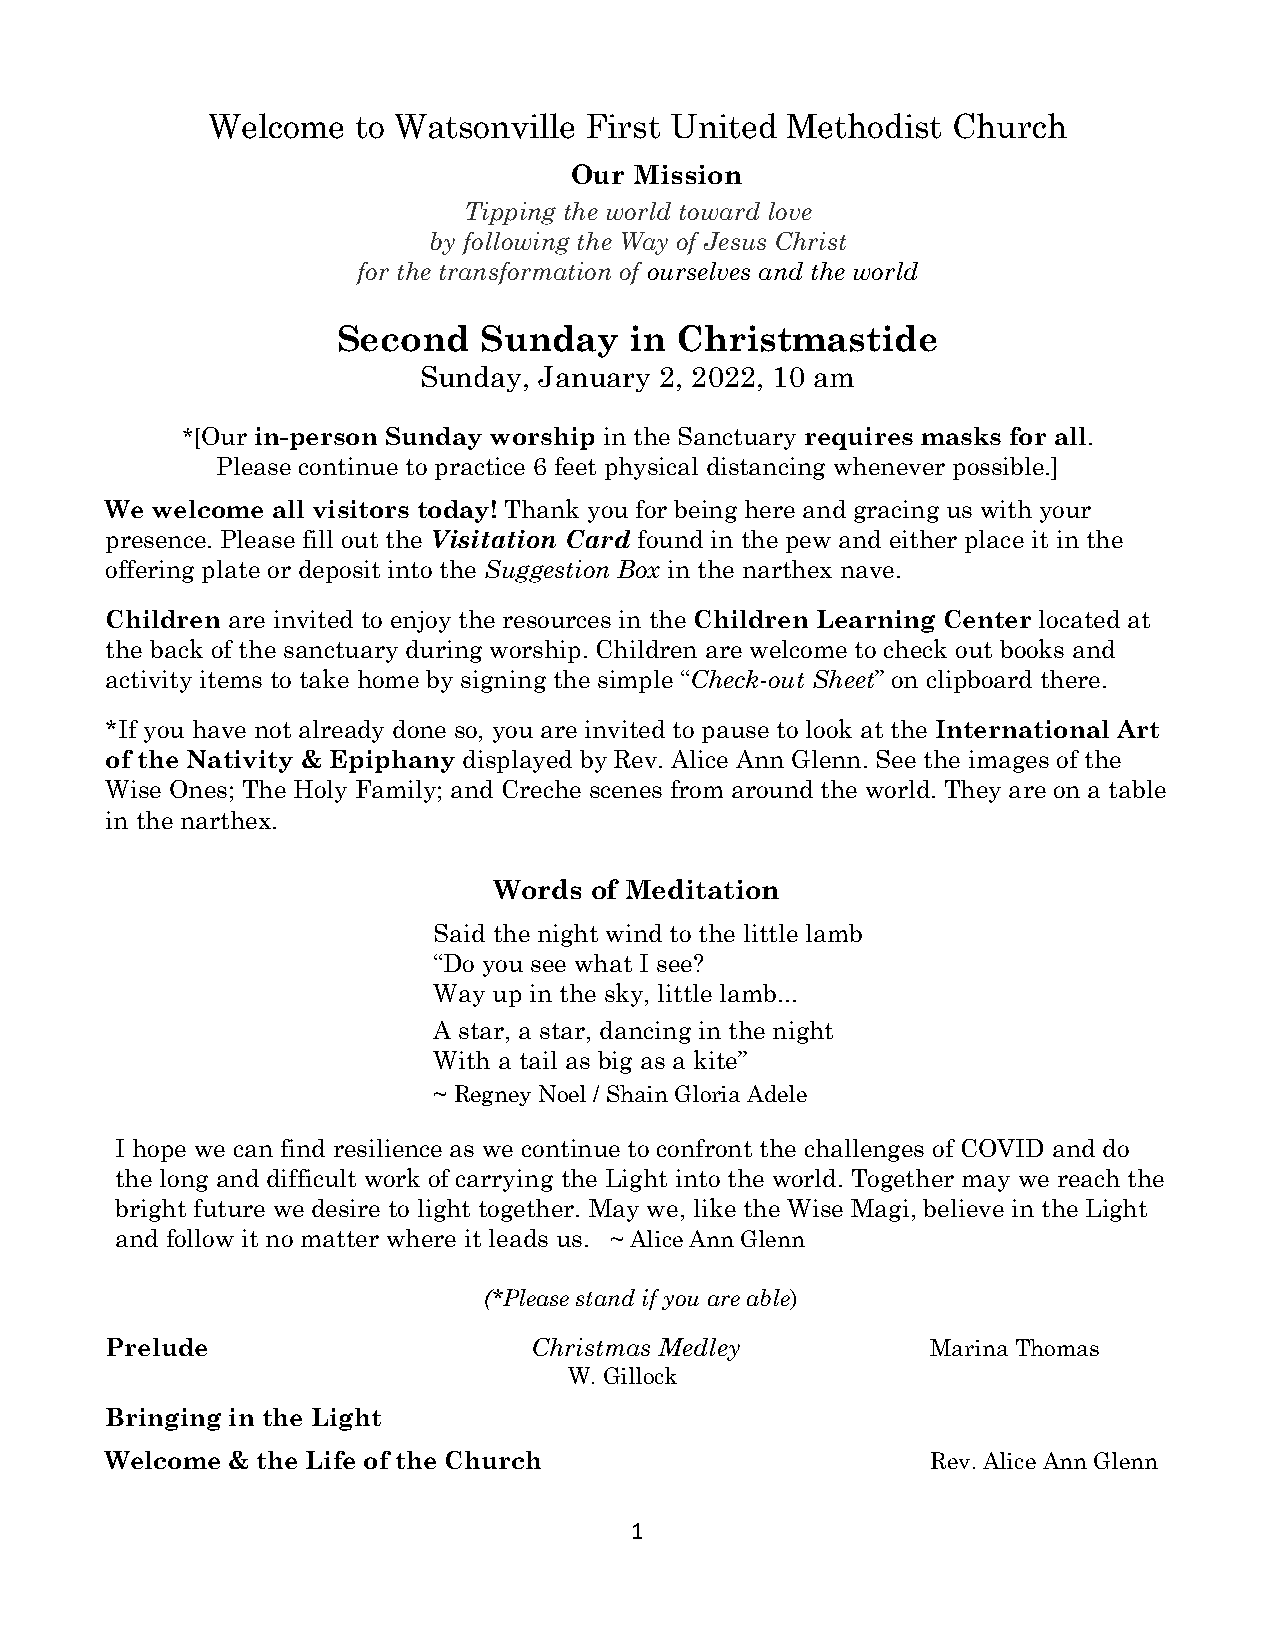
Welcome   to Watsonville First United Methodist  Church
 Our Mission
 Tipping the world toward love
 by following the Way of Jesus Christ
 for the transformation of ourselves and the world
 Second    Sunday    in Christmastide
 Sunday, January 2, 2022, 10 am
 *[Our in-person Sunday worship in the Sanctuary requires masks for all.
 Please continue to practice 6 feet physical distancing whenever possible.]
 We welcome all visitors today! Thank you for being here and gracing us with your
 presence. Please fill out the Visitation Card found in the pew and either place it in the
 offering plate or deposit into the Suggestion Box in the narthex nave.
 Children are invited to enjoy the resources in the Children Learning Center located at
 the back of the sanctuary during worship. Children are welcome to check out books and
 activity items to take home by signing the simple “Check-out Sheet” on clipboard there.
 *If you have not already done so, you are invited to pause to look at the International Art
 of the Nativity & Epiphany displayed by Rev. Alice Ann Glenn. See the images of the
 Wise Ones; The Holy Family; and Creche scenes from around the world. They are on a table
 in the narthex.
 Words of Meditation
 Said the night wind to the little lamb
 “Do you see what I see?
 Way up in the sky, little lamb...
 A star, a star, dancing in the night
 With a tail as big as a kite”
 ~ Regney Noel / Shain Gloria Adele
 I hope we can find resilience as we continue to confront the challenges of COVID and do
 the long and difficult work of carrying the Light into the world. Together may we reach the
 bright future we desire to light together. May we, like the Wise Magi, believe in the Light
 and follow it no matter where it leads us. ~ Alice Ann Glenn
 (*Please stand if you are able)
 Prelude                     Christmas Medley           Marina Thomas
 W. Gillock
 Bringing in the Light
 Welcome & the Life of the Church                       Rev. Alice Ann Glenn
 1